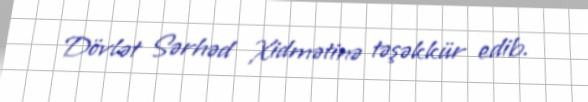
Dövlət Sərhəd Xidmətinə təşəkkür edib.